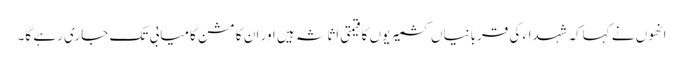
انھوں نے کہاکہ شہداء کی قربانیاں کشمیریوں کا قیمتی اثاثہ ہیں اور ان کا مشن کامیابی تک جاری رہے گا۔